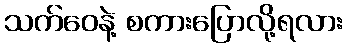
သက်ဝေနဲ့ စကားပြောလို့ရလား